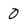
Character: 0